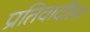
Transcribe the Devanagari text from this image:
प्रतिवादीला